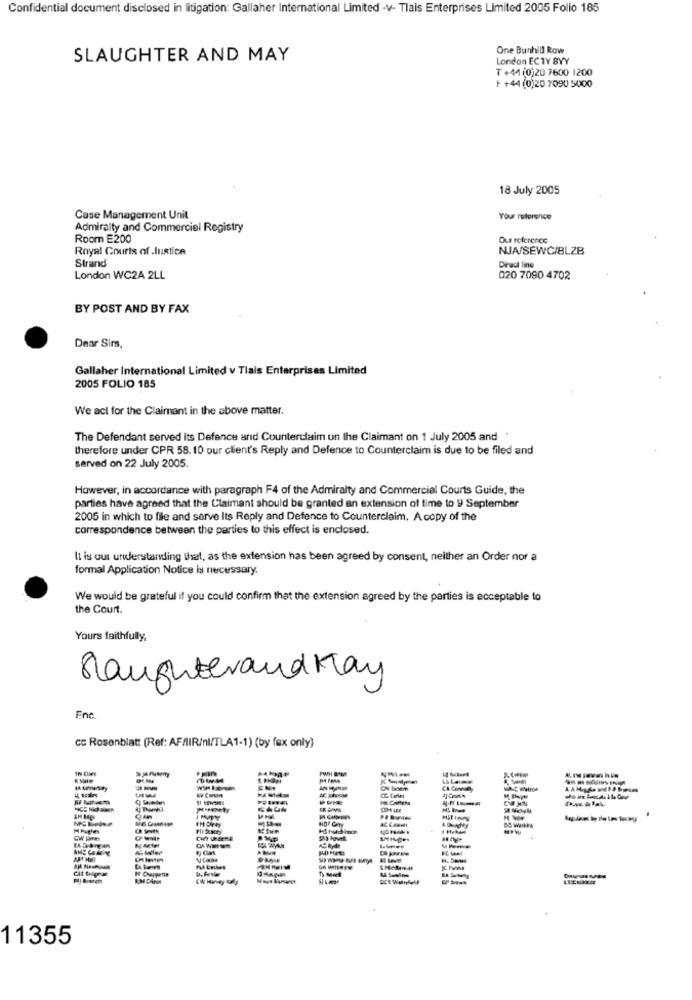
Confidential document disclosed in litigation: Gallaher International Limited -v- Tlais Enterprises Limited 2005 Folio 185
One Bunhill Row
SLAUGHTER AND MAY
London ECTY BYY
T +44 (0)20 7600 1200
+ +44 (0)20 7090 5000
18 July 2005
Case Management Unit
Your reference
Admiralty and Commercial Registry
Room E200
Ous reference
Royal Courts of Justice
NJA/SEWC/BLZB
Strand
Dinadi line
London WC2A 2LL
020 7090 4702
BY POST AND BY FAX
Dear Sirs,
Gallaher International Limited v Tlais Enterprises Limited
2005 FOLIO 185
We acl for the Claimant in the above matter.
The Defendant served its Defence and Counterclaim un lhe Claimant on 1 July 2005 and"
therefore under CPR 58.10 our client's Reply and Defence to Counterclaim is due to be filed and
served on 22 July 2005.
However, in accordance with paragraph F4 of the Admiralty and Commercial Courts Guide, the
parties have agreed that the Claimant should be granted an extension of time to 9 September
2005 in which to file and serve Its Reply and Defence to Counterclaim. Acopy of the
correspondence between the parties to this effect is enclosed.
It is our understanding that, as the extension has been agreed by consent, neither an Order nor a
formal Application Notice Is necessary.
We would be grateful if you could confirm that the extension agreed by the parties is acceptable to
the Court.
Yours faithfully,
Slaughterand May
Ene
cc Rosenblatt (Ref: AFAIR/nl/TLA1-1) (by fax only)
IN Es
Cit Sign
11355